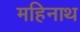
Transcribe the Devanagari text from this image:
महिनाथ